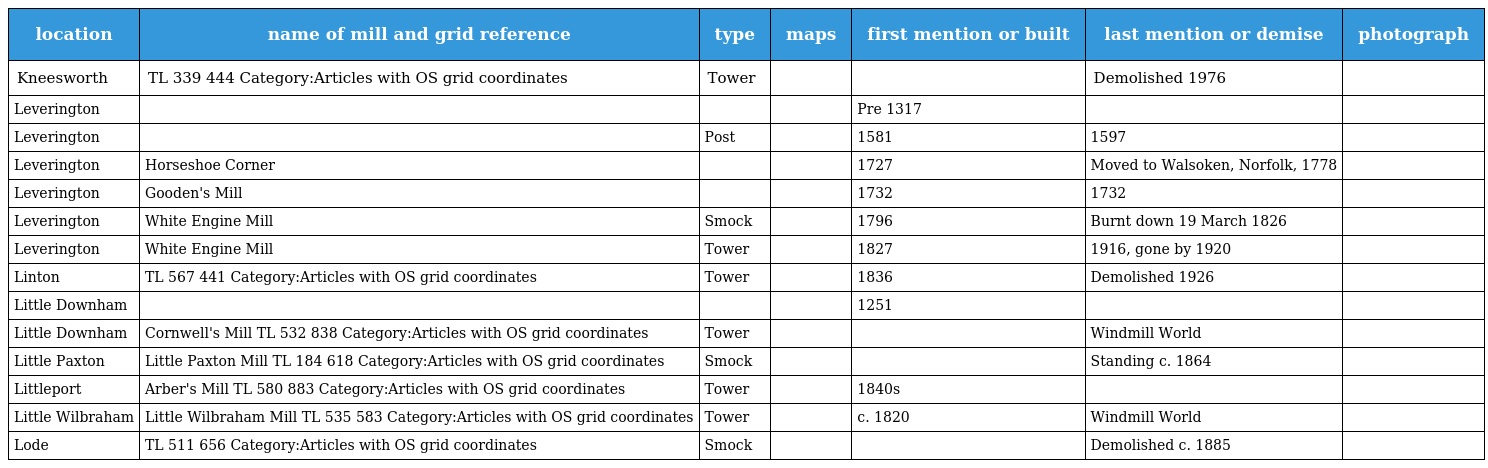
| location | name of mill and grid reference | type | maps | first mention or built | last mention or demise | photograph |
 | --- | --- | --- | --- | --- | --- | --- |
 | Kneesworth | TL 339 444 Category:Articles with OS grid coordinates | Tower |  |  | Demolished 1976 |  |
 | Leverington |  |  |  | Pre 1317 |  |  |
 | Leverington |  | Post |  | 1581 | 1597 |  |
 | Leverington | Horseshoe Corner |  |  | 1727 | Moved to Walsoken, Norfolk, 1778 |  |
 | Leverington | Gooden's Mill |  |  | 1732 | 1732 |  |
 | Leverington | White Engine Mill | Smock |  | 1796 | Burnt down 19 March 1826 |  |
 | Leverington | White Engine Mill | Tower |  | 1827 | 1916, gone by 1920 |  |
 | Linton | TL 567 441 Category:Articles with OS grid coordinates | Tower |  | 1836 | Demolished 1926 |  |
 | Little Downham |  |  |  | 1251 |  |  |
 | Little Downham | Cornwell's Mill TL 532 838 Category:Articles with OS grid coordinates | Tower |  |  | Windmill World |  |
 | Little Paxton | Little Paxton Mill TL 184 618 Category:Articles with OS grid coordinates | Smock |  |  | Standing c. 1864 |  |
 | Littleport | Arber's Mill TL 580 883 Category:Articles with OS grid coordinates | Tower |  | 1840s |  |  |
 | Little Wilbraham | Little Wilbraham Mill TL 535 583 Category:Articles with OS grid coordinates | Tower |  | c. 1820 | Windmill World |  |
 | Lode | TL 511 656 Category:Articles with OS grid coordinates | Smock |  |  | Demolished c. 1885 |  |